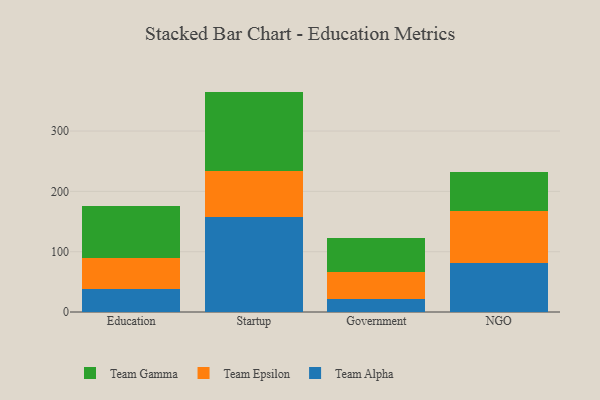
{"axis": {"x": "Segment", "y": "Production Output"}, "legend": ["Team Alpha", "Team Epsilon", "Team Gamma"], "data": [{"x": "Education", "y": 37.9, "type": "Team Alpha"}, {"x": "Education", "y": 52.1, "type": "Team Epsilon"}, {"x": "Education", "y": 86.1, "type": "Team Gamma"}, {"x": "Startup", "y": 158.1, "type": "Team Alpha"}, {"x": "Startup", "y": 76.1, "type": "Team Epsilon"}, {"x": "Startup", "y": 131.2, "type": "Team Gamma"}, {"x": "Government", "y": 21.7, "type": "Team Alpha"}, {"x": "Government", "y": 44.9, "type": "Team Epsilon"}, {"x": "Government", "y": 56.2, "type": "Team Gamma"}, {"x": "NGO", "y": 80.6, "type": "Team Alpha"}, {"x": "NGO", "y": 87.6, "type": "Team Epsilon"}, {"x": "NGO", "y": 63.5, "type": "Team Gamma"}]}